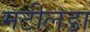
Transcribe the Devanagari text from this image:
मटीलडा